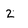
Character: 2